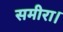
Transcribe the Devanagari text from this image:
समीरा।